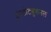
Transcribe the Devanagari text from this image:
इंस्टीट्युशनल